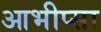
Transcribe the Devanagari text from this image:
आभीप्सा